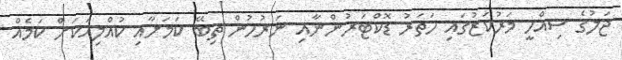
ޖަލުގެ ސިއްހީ މަރުކަޒުގައި ހަތަރު ޑޮކްޓަރުންނާއި ނަރުހުން ތިބޭ ކަމަށާއި ކުއްލިއަކަށް ކަމެއް